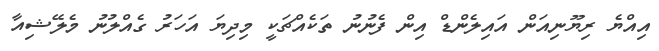
އިއްޔެ ރިޔޫނިއަން އައިލެންޑް އިން ފެނުނު ތަކެއްޗަކީ މިދިޔަ އަހަރު ގެއްލުނު މެލޭޝިއާ